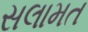
સલામત